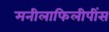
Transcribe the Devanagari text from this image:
मनीलाफिलीपींस